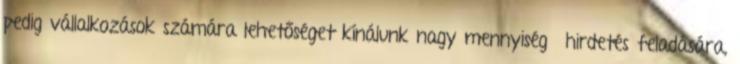
pedig vállalkozások számára lehetőséget kínálunk nagy mennyiségű hirdetés feladására,